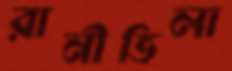
রানীভিলা